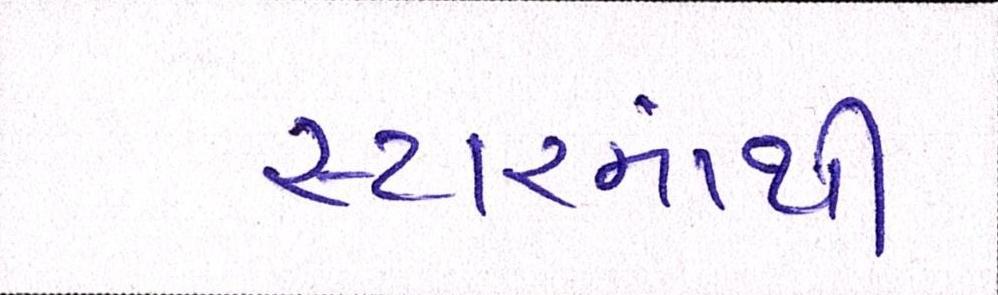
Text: સ્ટારમાંથી